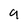
Character: 9